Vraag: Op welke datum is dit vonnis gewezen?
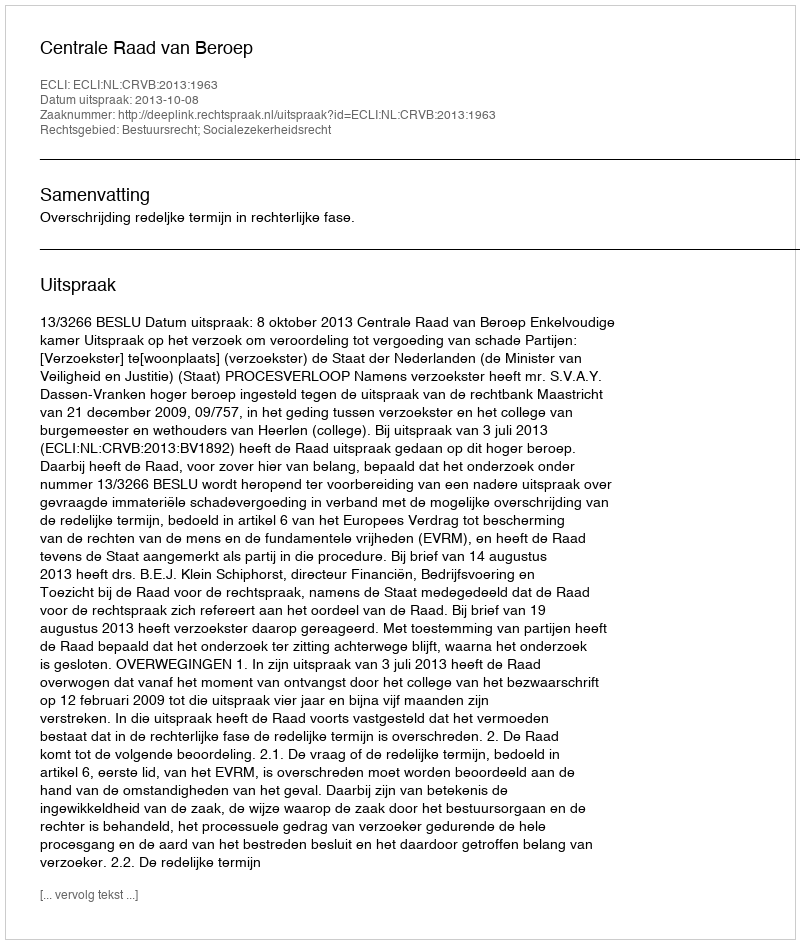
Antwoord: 2013-10-08